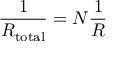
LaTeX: { \frac { 1 } { R _ { \mathrm { t o t a l } } } } = N { \frac { 1 } { R } }